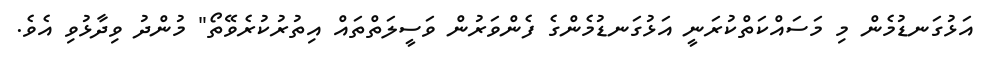
އަޅުގަނޑުމެން މި މަސައްކަތްކުރަނީ އަޅުގަނޑުމެންގެ ފެންވަރުން ވަސީލަތްތައް އިތުރުކުރެވޭތޯ" މުންދު ވިދާޅުވި އެވެ.